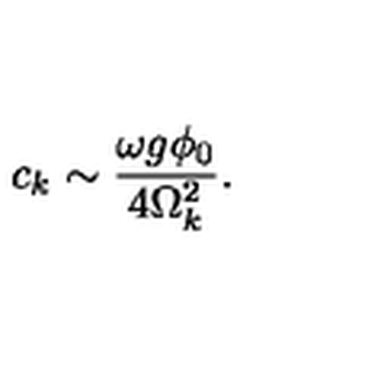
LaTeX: c _ { k } \sim \frac { \omega g \phi _ { 0 } } { 4 \Omega _ { k } ^ { 2 } } .